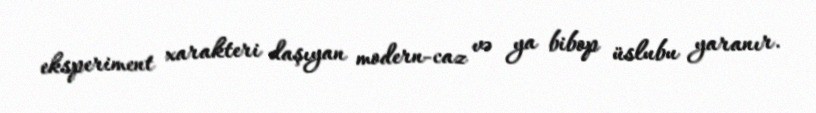
eksperiment xarakteri daşıyan modern-caz və ya bibop üslubu yaranır.